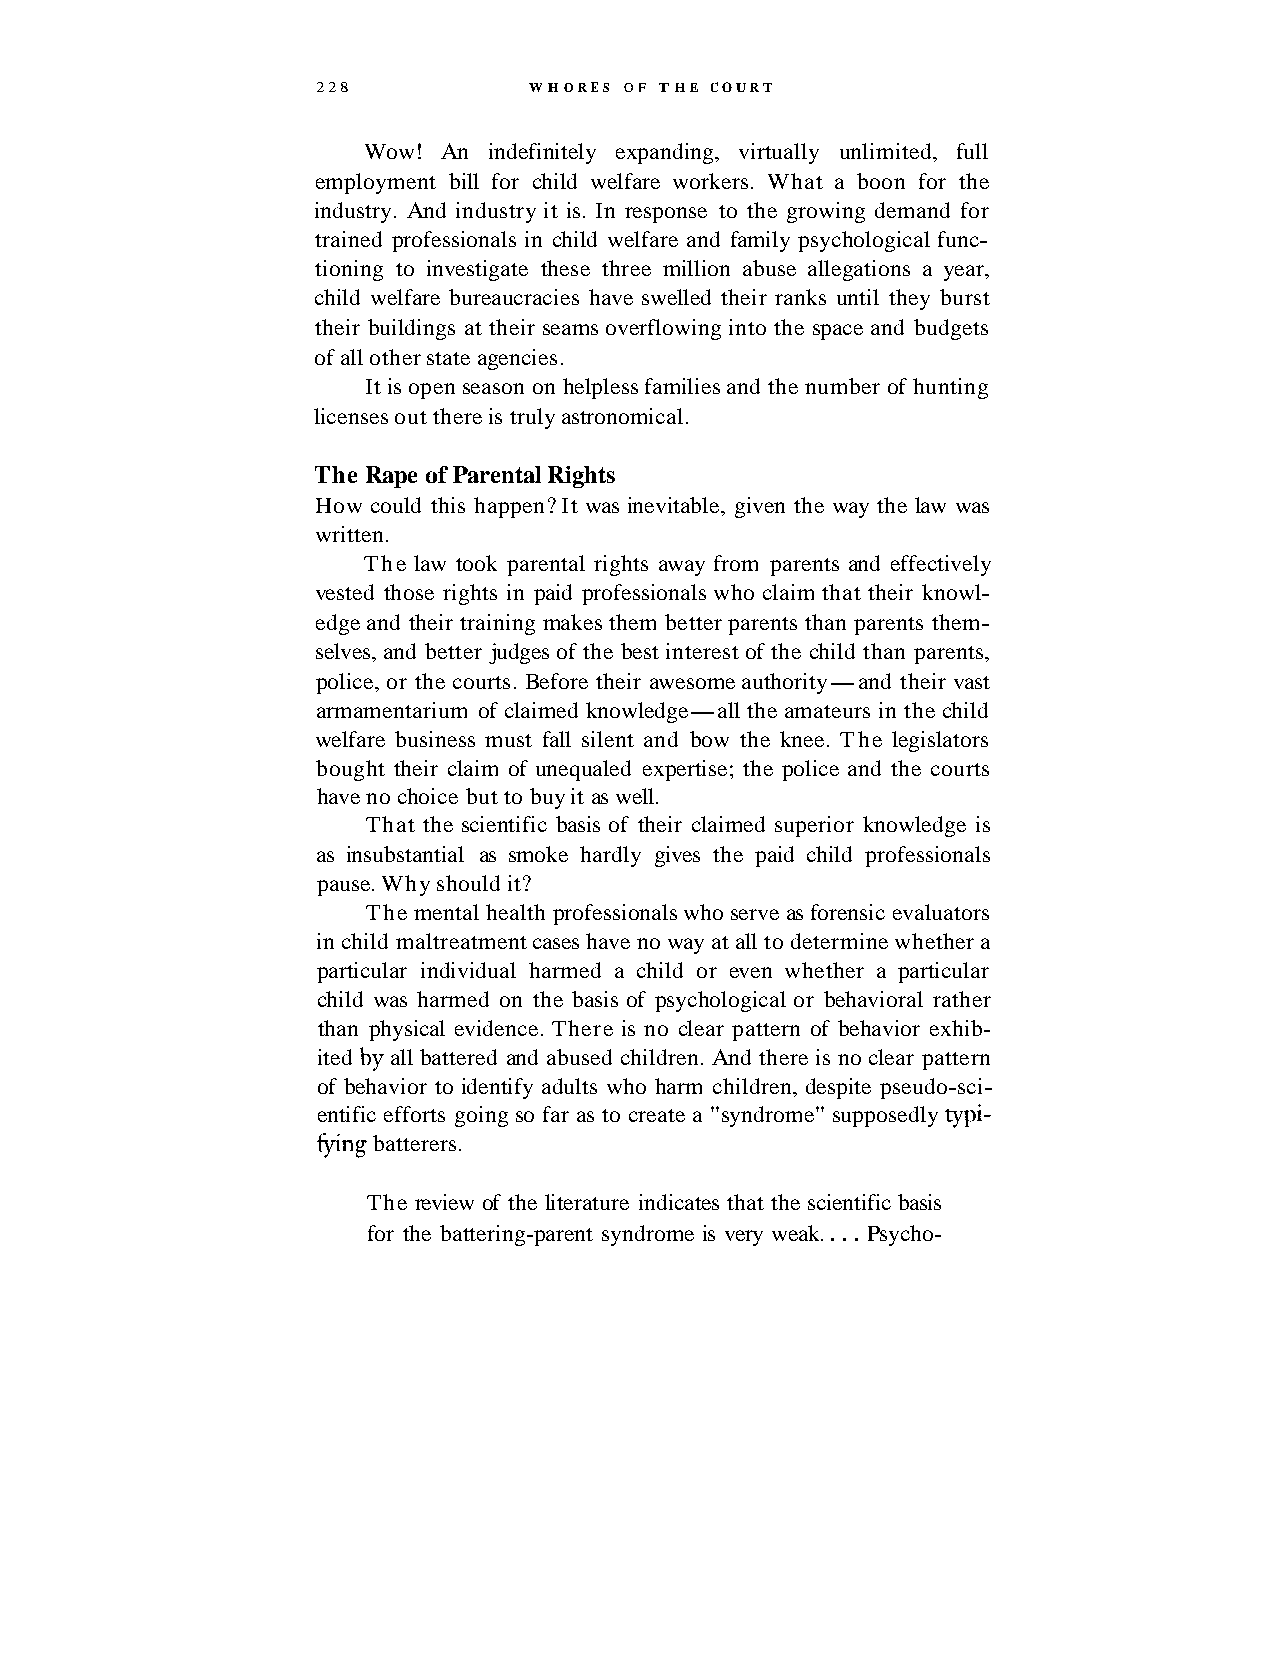
228           WHORES OF THE COURT
 Wow! An indefinitely expanding, virtually unlimited, full
 employment bill for child welfare workers. What a boon for the
 industry. And industry it is. In response to the growing demand for
 trained professionals in child welfare and family psychological func-
 tioning to investigate these three million abuse allegations a year,
 child welfare bureaucracies have swelled their ranks until they burst
 their buildings at their seams overflowing into the space and budgets
 of all other state agencies.
 It is open season on helpless families and the number of hunting
 licenses out there is truly astronomical.
 The Rape of Parental Rights
 How could this happen? It was inevitable, given the way the law was
 written.
 The law took parental rights away from parents and effectively
 vested those rights in paid professionals who claim that their knowl-
 edge and their training makes them better parents than parents them-
 selves, and better judges of the best interest of the child than parents,
 police, or the courts. Before their awesome authority-and their vast
 armamentarium of claimed knowledge-all the amateurs in the child
 welfare business must fall silent and bow the knee. The legislators
 bought their claim of unequaled expertise; the police and the courts
 have no choice but to buy it as well.
 That the scientific basis of their claimed superior knowledge is
 as insubstantial as smoke hardly gives the paid child professionals
 pause. Why should it?
 The mental health professionals who serve as forensic evaluators
 in child maltreatment cases have no way at all to determine whether a
 particular individual harmed a child or even whether a particular
 child was harmed on the basis of psychological or behavioral rather
 than physical evidence. There is no clear pattern of behavior exhib-
 ited by all battered and abused children. And there is no clear pattern
 of behavior to identify adults who harm children, despite pseudo-sci-
 entific efforts going so far as to create a "syndrome" supposedly typi-
 fylng batterers.
 The review of the literature indicates that the scientific basis
 for the battering-parent syndrome is very weak. . . . Psycho-